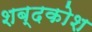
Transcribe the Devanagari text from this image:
शब्‍दकोश